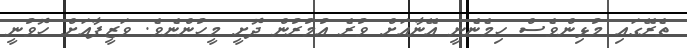
ތެރޭގައި މުޅިންވެސް ހިމެނެނީ އޭނާއަށް ވުރެ އުމުރުން ދޮށީ މީހުންނެވެ. ވަޒީފާއަށް ހޮވުނީ